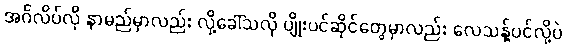
အင်္ဂလိပ်လို နာမည်မှာလည်း လို့ခေါ်သလို ပျိုးပင်ဆိုင်တွေမှာလည်း လေသန့်ပင်လို့ပဲ